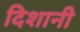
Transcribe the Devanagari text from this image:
दिशानी